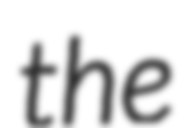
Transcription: the